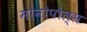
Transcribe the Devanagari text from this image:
मोनोपोल्स